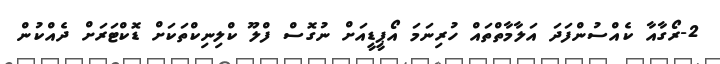
2-ރޯގާއާ ކެއްސުންފަދަ އަލާމާތްތައް ހުރިނަމަ އޯޕީޑީއަށް ނުގޮސް ފްލޫ ކްލިނިކްތަކަށް ޑޮކްޓަރަށް ދެއްކުން